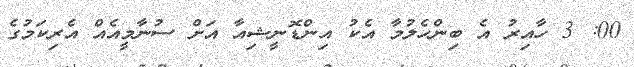
00: 3 ހާއިރު އެ ބިންހެލުމާ އެކު އިންޑޮނީޝިއާ އަށް ސުނާމީއެއް އެރިކަމުގެ